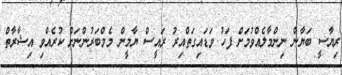
ރިޔާސީ ބަޔާން ނިންމާލެއްވުމަށް ފަހު ވަޑައިގަތްއިރު ރައީސް ޔާމީން މެމްބަރުންނަށް ކުރެއްވި އިޝާރާތް